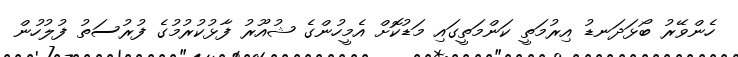
ހެންވޭރު ބޯޅަދަނޑު އިރުމަތީ ކަންމަތީގައި މަޑުކޮށް އެމީހުންގެ ޝުއޫރު ފާޅުކުރުމުގެ ފުރުސަތު ފުލުހުން